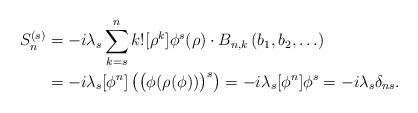
LaTeX: \begin{align*} S^{(s)}_n &=-i \lambda_s \sum_{k=s}^n k! [\rho^k] \phi^s(\rho) \cdot B_{n,k} \left( b_1, b_2, \ldots \right)\\ &= -i\lambda_s[\phi^n] \left( \big(\phi (\rho(\phi)) \big)^s \right) =-i\lambda_s [\phi^n]\phi^s = -i\lambda_s \delta_{ns}. \end{align*}